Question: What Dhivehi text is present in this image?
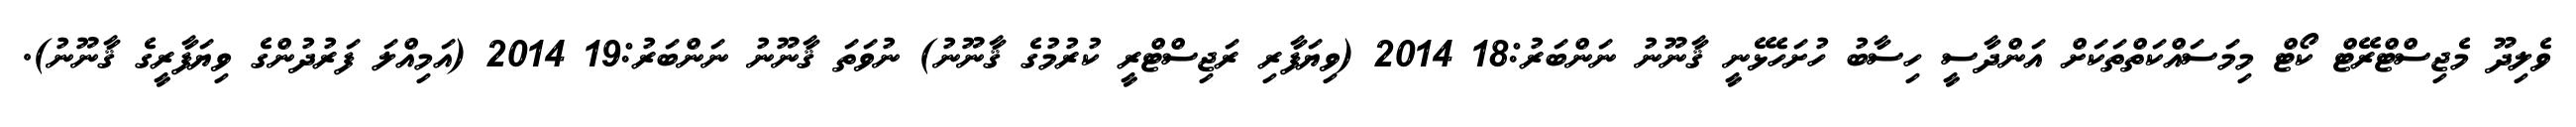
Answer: ވެލިދޫ މެޖިސްޓްރޭޓް ކޯޓް މިމަސައްކަތްތަކަށް އަންދާސީ ހިސާބު ހުށަހެޅޭނީ ޤާނޫނު ނަންބަރު:18 2014 (ވިޔަފާރި ރަޖިސްޓްރީ ކުރުމުގެ ޤާނޫނު) ނުވަތަ ޤާނޫނު ނަންބަރު:19 2014 (އަމިއްލަ ފަރުދުންގެ ވިޔަފާރީގެ ޤާނޫނު).